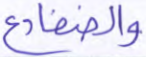
والضفادع